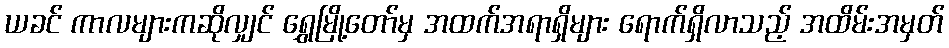
ယခင် ကာလများကဆိုလျှင် ရွှေမြို့တော်မှ အထက်အရာရှိများ ရောက်ရှိလာသည့် အထိမ်းအမှတ်